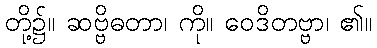
တို့၌။ ဆဗ္ဗိဓတာ၊ ကို။ ဝေဒိတဗ္ဗာ၊ ၏။